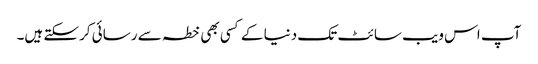
آپ اس ویب سائٹ تک دنیا کے کسی بھی خطہ سے رسائی کرسکتے ہیں۔